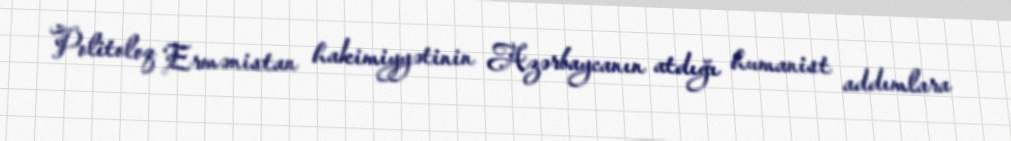
Politoloq Ermənistan hakimiyyətinin Azərbaycanın atdığı humanist addımlara